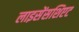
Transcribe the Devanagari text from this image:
लाइसेंसशिएट